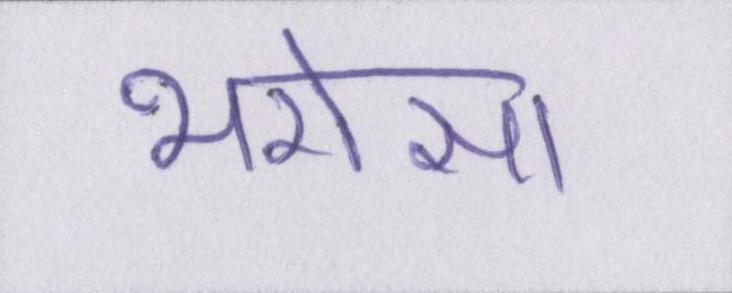
भरोसा